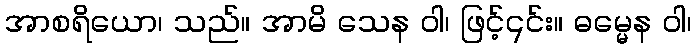
အာစရိယော၊ သည်။ အာမိ သေန ဝါ၊ ဖြင့်၎င်း။ ဓမ္မေန ဝါ၊